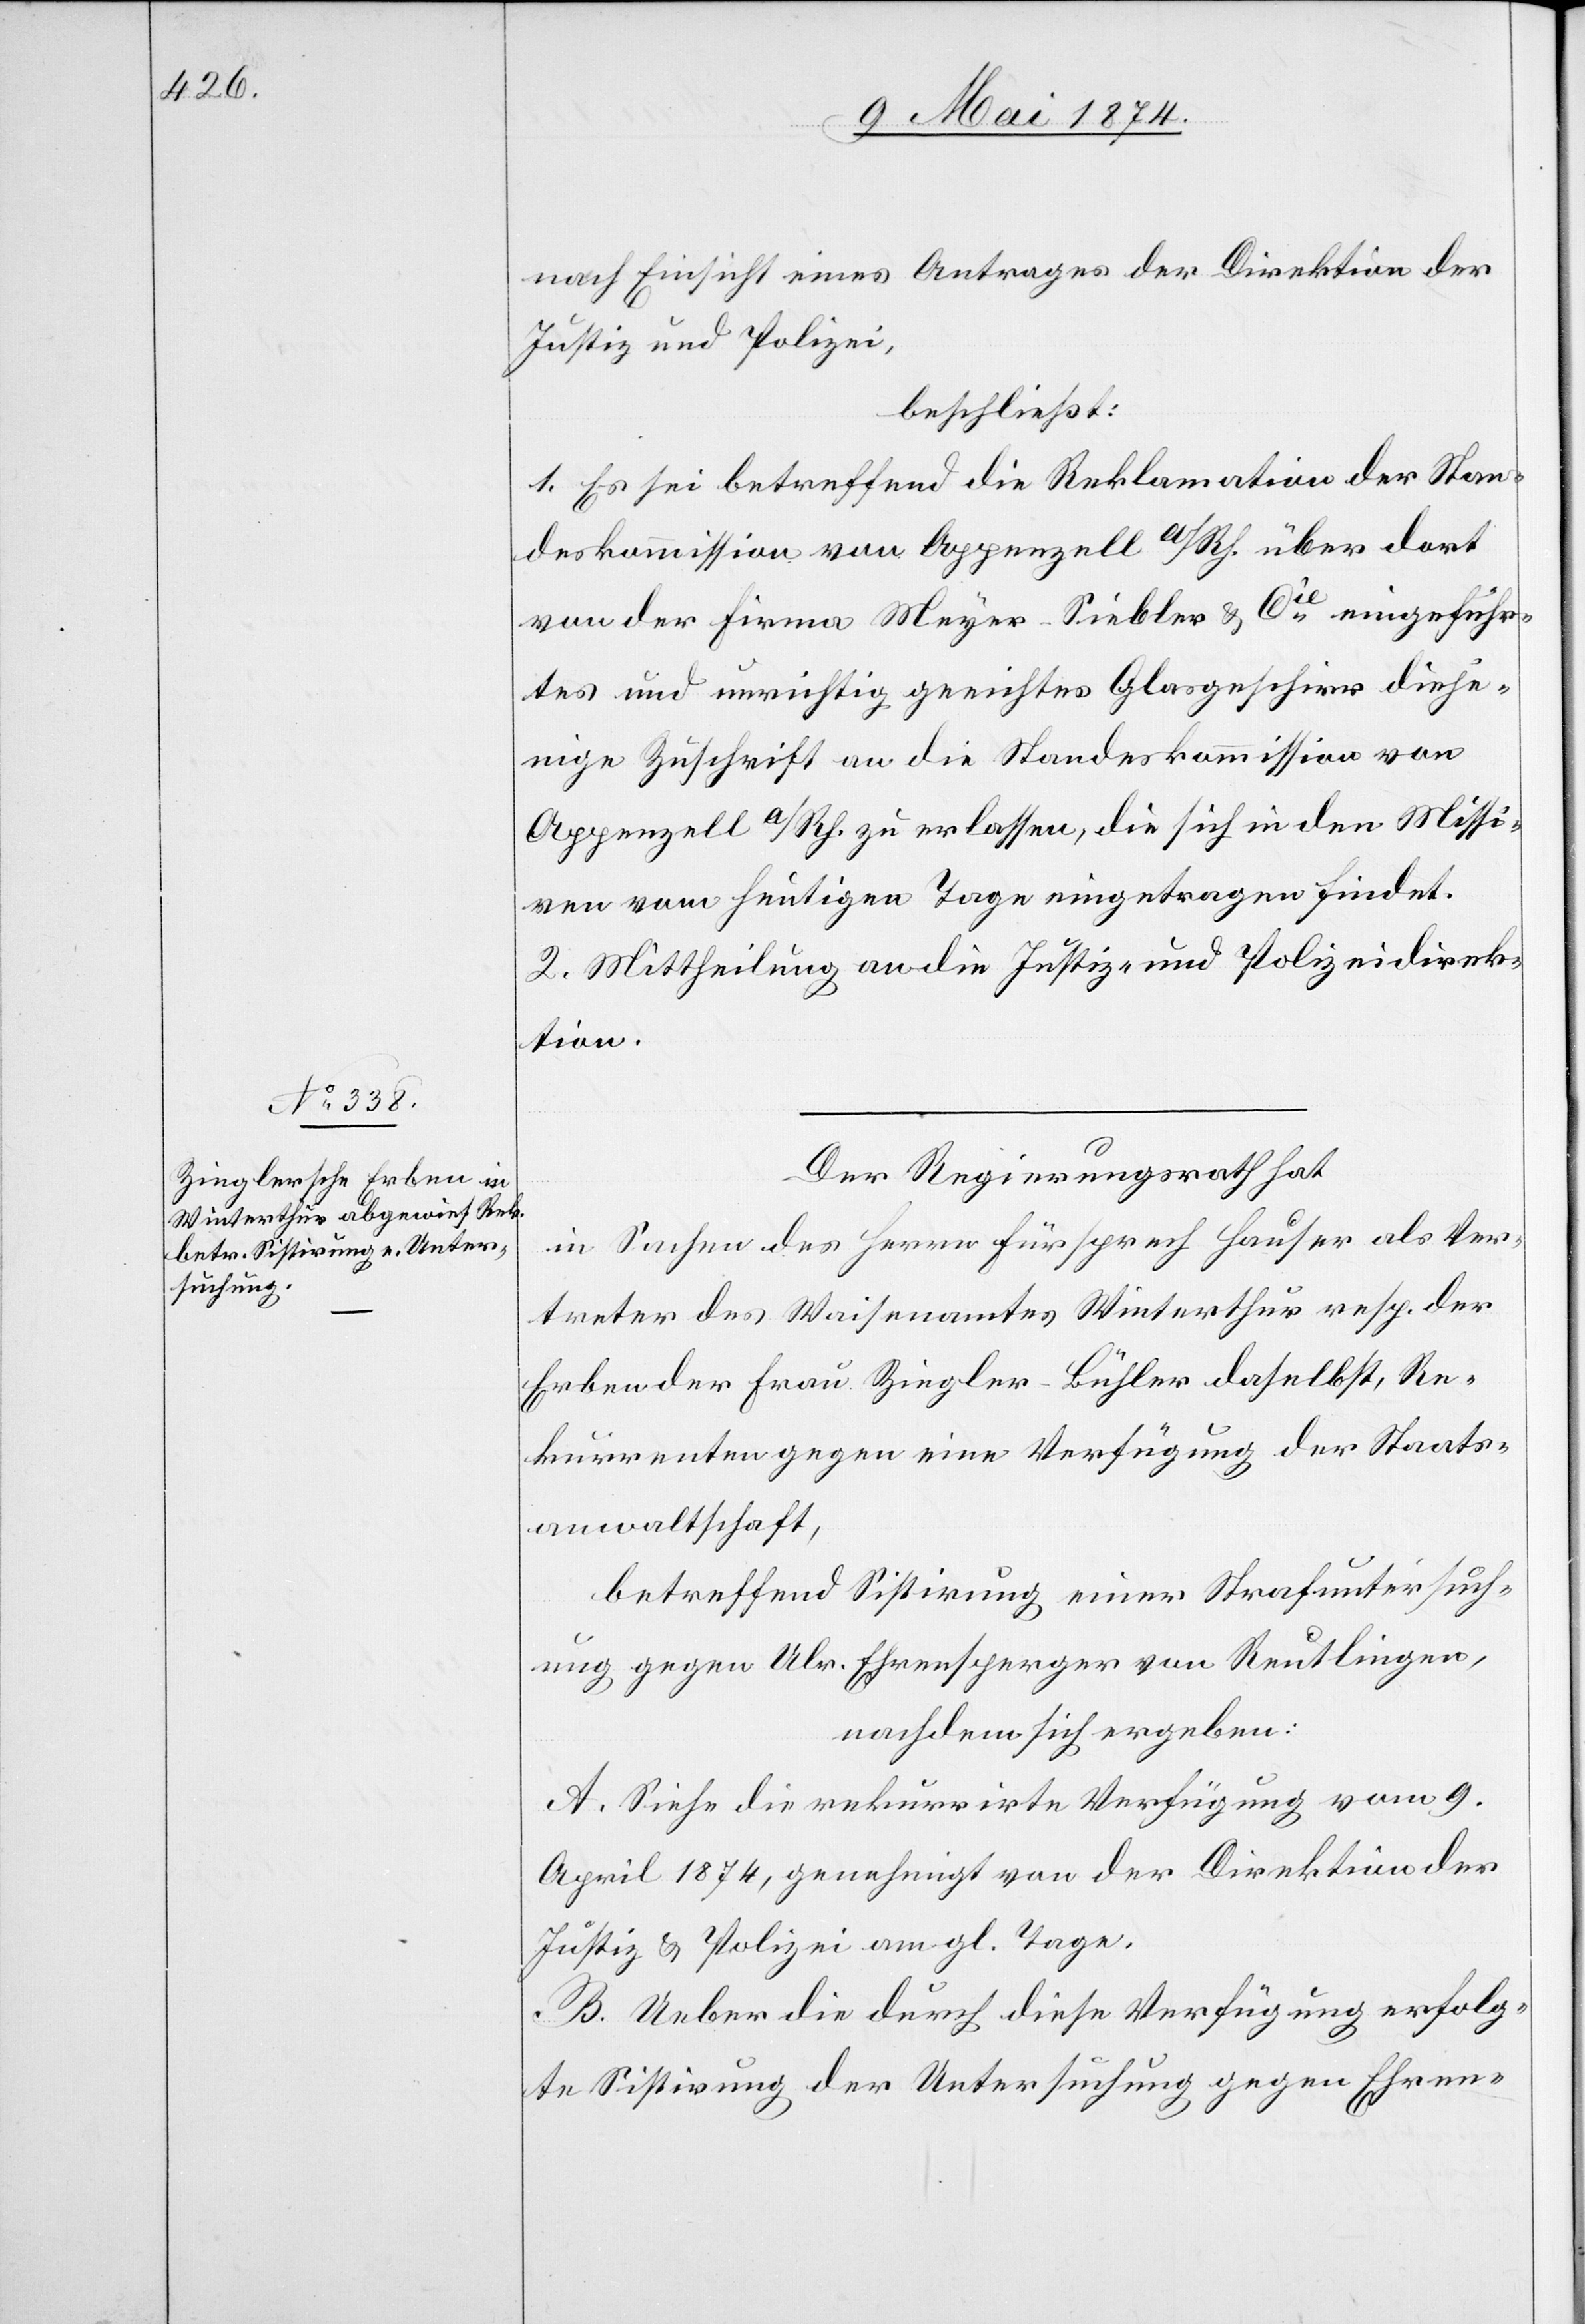
nach Einsicht eines Antrages der Direktion der
Justiz und Polizei,
beschließt:
1. Es sei betreffend die Reklamation der Stan¬
deskommission von Appenzell A/Rh. über dort
von der Firma Meyer-Siebler u. Cie eingeführ¬
tes und unrichtig geeichtes Glasgeschirr dieje¬
nige Zuschrift an die Standeskommission von
Appenzell A/Rh zu erlassen, die sich in den Missi¬
ven vom heutigen Tage eingetragen findet.
2. Mittheilung an die Justiz- und Polizeidirek¬
tion.
Der Regierungsrath hat,
in Sachen des Herrn Fürsprech Hauser als Ver¬
treter des Waisenamtes Winterthur resp. der.
Erben der Frau Ziegler-Bühler daselbst, Re¬
kurrenten gegen eine Verfügung der Staats¬
anwaltschaft,
betreffend Sistirung einer Strafuntersuch¬
ung gegen Ulr. Ehrensperger von Reutlingen,
nachdem sich ergeben:
A. Siehe die rekurrirte Verfügung vom 9.
April 1874, genehmigt von der Direktion der
Justiz u. Polizei am gl. Tage.
B. Ueber die durch diese Verfügung erfolg¬
te Sistirung der Untersuchung gegen Ehren-